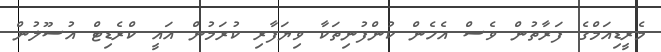
މެރީޑިއަމްގެ ފަރާތުން ވެސް އެހެން ކުންފުނިތަކާ ވިޔަފާރި ކުރަމުން އައީ ކްރެޑިޓް އުސޫލުން